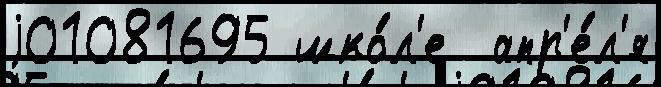
j01081695 шко́л'е  апр'е́л'я